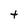
Character: t